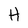
Character: H